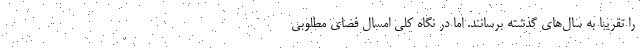
را تقریبا به سال‌های گذشته برسانند. اما در نگاه کلی امسال فضای مطلوبی